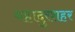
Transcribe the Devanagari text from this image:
बहादुरशहर